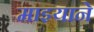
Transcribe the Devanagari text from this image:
माझ्याने